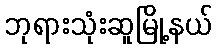
ဘုရားသုံးဆူမြို့နယ်